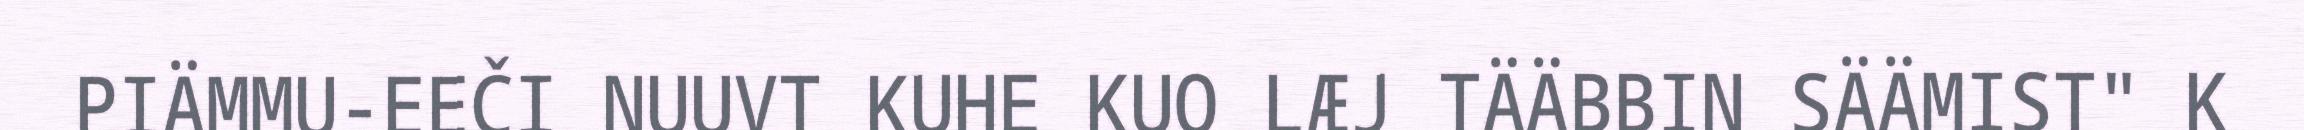
PIÄMMU-EEČI NUUVT KUHE KUO LÆJ TÄÄBBIN SÄÄMIST" K